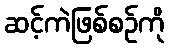
ဆင့်ကဲဖြစ်စဉ်ကို